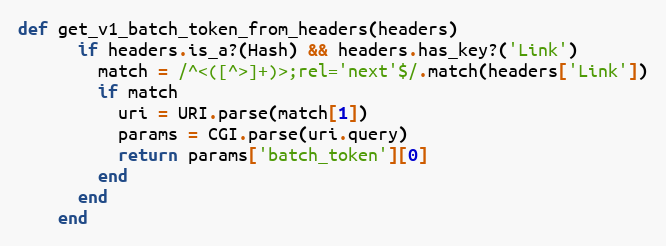
Language: Ruby
def get_v1_batch_token_from_headers(headers)
      if headers.is_a?(Hash) && headers.has_key?('Link')
        match = /^<([^>]+)>;rel='next'$/.match(headers['Link'])
        if match
          uri = URI.parse(match[1])
          params = CGI.parse(uri.query)
          return params['batch_token'][0]
        end
      end
    end